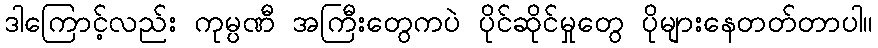
ဒါကြောင့်လည်း ကုမ္ပဏီ အကြီးတွေကပဲ ပိုင်ဆိုင်မှုတွေ ပိုများနေတတ်တာပါ။